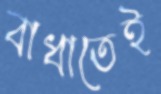
বাধাতেই